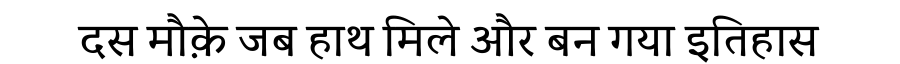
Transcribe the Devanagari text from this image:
दस मौक़े जब हाथ मिले और बन गया इतिहास